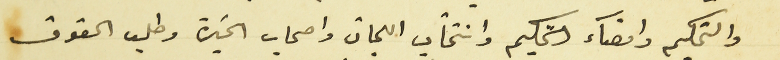
والتحكيم وامضآء التحكيم وانتخاب اللجان واصحاب الخبرة وطلب الحقوق